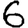
Digit: 6